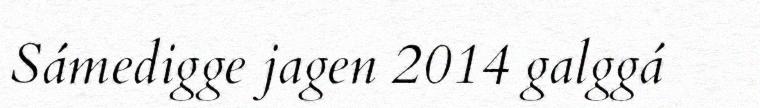
Sámedigge jagen 2014 galggá